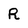
Character: R